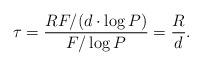
LaTeX: \begin{align*}\tau=\frac{RF/{(d\cdot \log P)}} {F/\log P} = \frac{R}{d}.\end{align*}